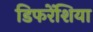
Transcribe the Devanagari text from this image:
डिफरेंशिया